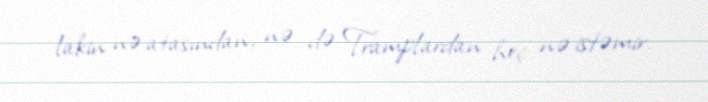
lakin nə atasından, nə də Tramplardan heç nə istəmir.